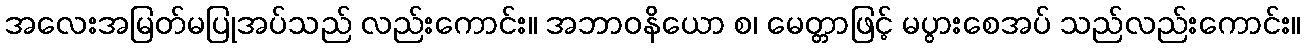
အလေးအမြတ်မပြုအပ်သည် လည်းကောင်း။ အဘာဝနိယော စ၊ မေတ္တာဖြင့် မပွားစေအပ် သည်လည်းကောင်း။